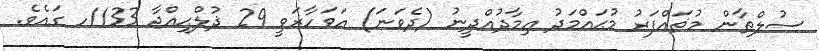
ސުލްޠާން މުޡައްފަރު މުޙައްމަދު ޢިމާދުއްދީނު (ދެވަނަ) އަވަހާރަވީ 29 ޛުލްޙިއްޖާ 1133ހ ގައެވެ.